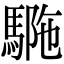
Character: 𩣾